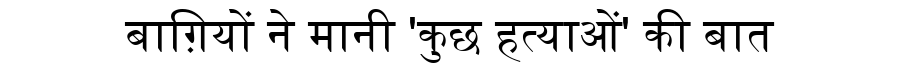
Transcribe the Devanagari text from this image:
बाग़ियों ने मानी 'कुछ हत्याओं' की बात